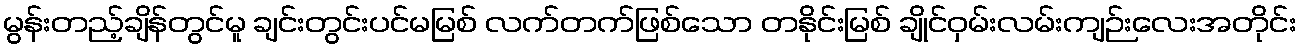
မွန်းတည့်ချိန်တွင်မူ ချင်းတွင်းပင်မမြစ် လက်တက်ဖြစ်သော တနိုင်းမြစ် ချိုင်ဝှမ်းလမ်းကျဉ်းလေးအတိုင်း